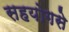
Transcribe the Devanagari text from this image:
सहयोगसे